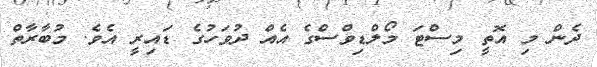
ދެން މި އޮތީ މިސްޓަ މޯލްޑިވްސްގެ އެއް ދުވަހުގެ ޑައިރީ އެވެ. މުބާރާތް